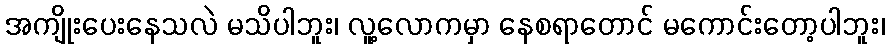
အကျိုးပေးနေသလဲ မသိပါဘူး၊ လူ့လောကမှာ နေစရာတောင် မကောင်းတော့ပါဘူး၊